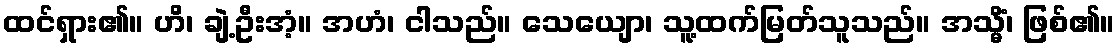
ထင်ရှား၏။ ဟိ၊ ချဲ့ဦးအံ့။ အဟံ၊ ငါသည်။ သေယျော၊ သူ့ထက်မြတ်သူသည်။ အသ္မိံ၊ ဖြစ်၏။